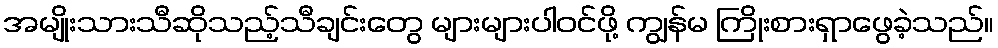
အမျိုးသားသီဆိုသည့်သီချင်းတွေ များများပါဝင်ဖို့ ကျွန်မ ကြိုးစားရှာဖွေခဲ့သည်။